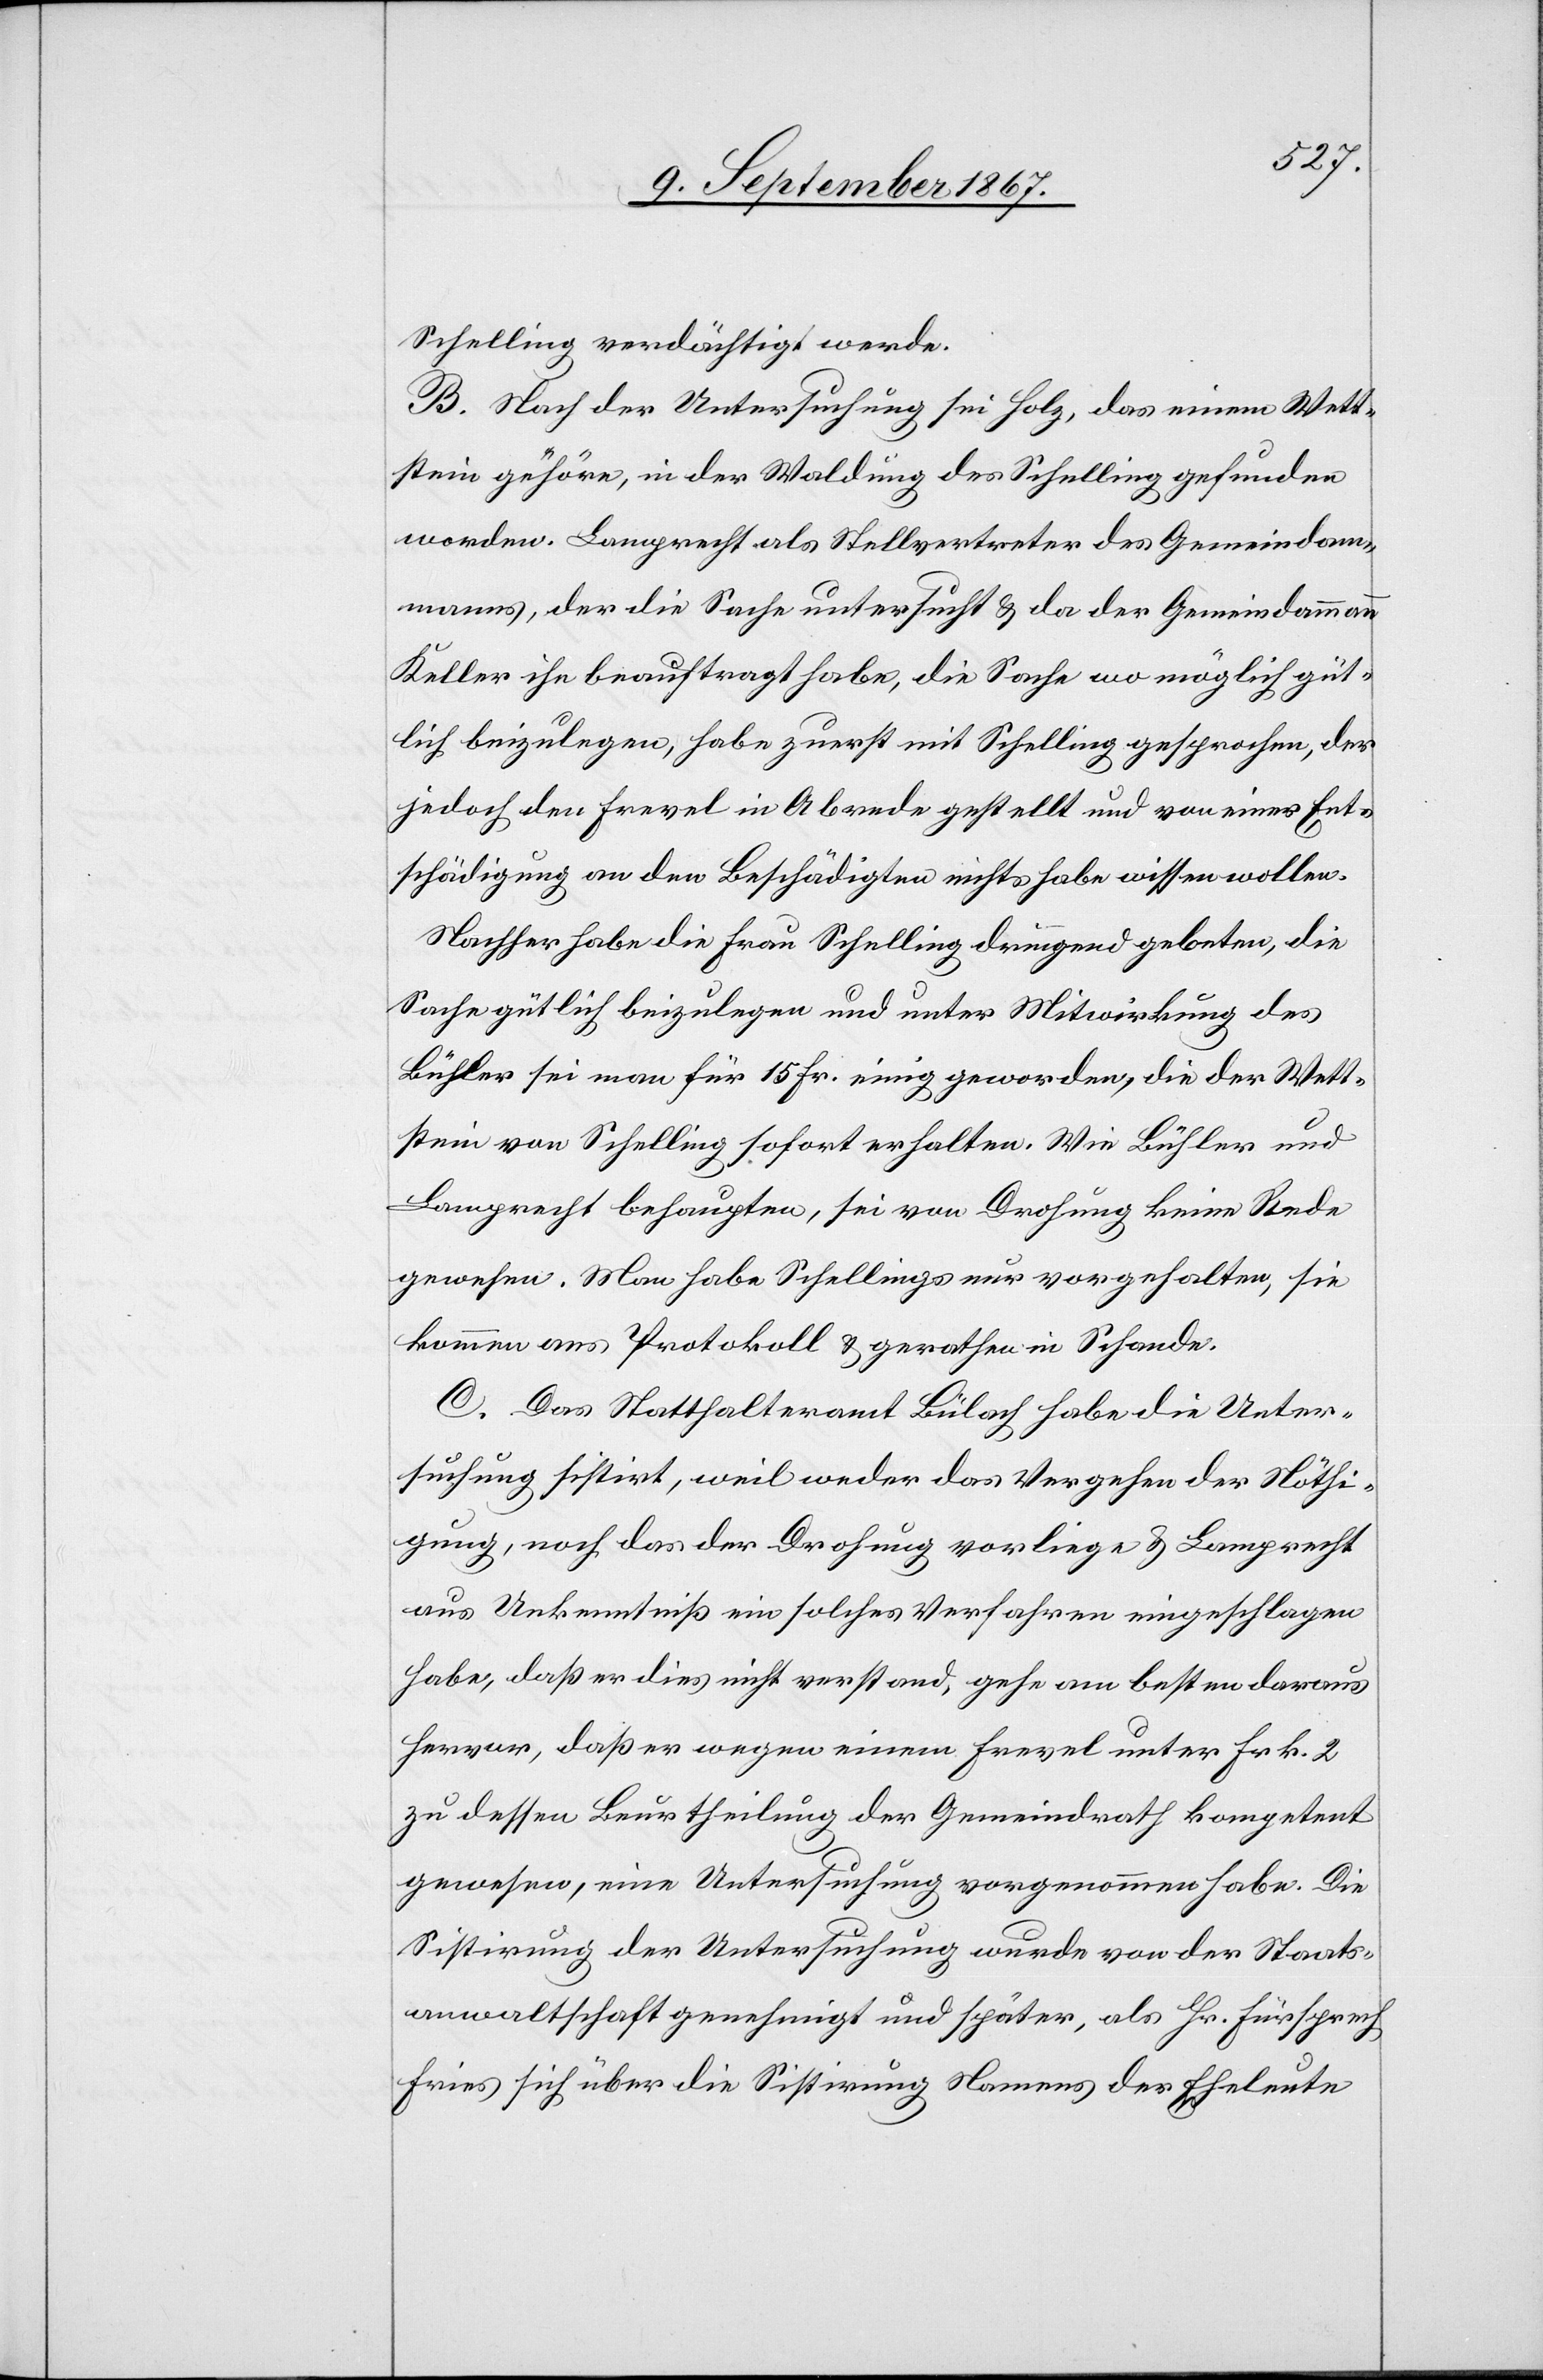
Schelling verdächtigt werde.
B. Nach der Untersuchung sei Holz, das einem Wett¬
stein gehöre, in der Waldung des Schelling gefunden
worden. Lamprecht als Stellvertreter des Gemeindam¬
manns, der die Sache untersucht u. da der Gemeindammann
Keller ihn beauftragt habe, die Sache wo möglich güt¬
lich beizulegen, habe zuerst mit Schelling gesprochen, der
jedoch den Frevel in Abrede gestellt und von einer Ent¬
schädigung an den Beschädigten nichts habe wissen wollen.
Nachher habe die Frau Schelling dringend gebeten, die
Sache gütlich beizulegen und unter Mitwirkung des
Bühler sei man für 15 Fr. einig geworden, die der Wett¬
stein von Schelling sofort erhalten. Wie Bühler und
Lamprecht behaupten, sei von Drohung keine Rede
gewesen. Man habe Schelling nur vorgehalten, sie
komme ans Protokoll u. gerathe in Schande.
C. Das Statthalteramt Bülach habe die Unter¬
suchung sistirt, weil weder das Vergehen der Nöthi¬
gung, noch das der Drohung vorliege u. Lamprecht
aus Unkenntniß ein solches Verfahren eingeschlagen
habe, daß er dies nicht verstand, gehe am besten daraus
hervor, daß er wegen einem Frevel unter Frk. 2
zu dessen Beurtheilung der Gemeindrath kompetent
gewesen, eine Untersuchung vorgenommen habe. Die
Sistirung der Untersuchung wurde von der Staats¬
anwaltschaft genehmigt und später, als Hr. Fürsprech
Fries sich über die Sistirung Namens der Eheleute